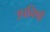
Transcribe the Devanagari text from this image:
उपविषों